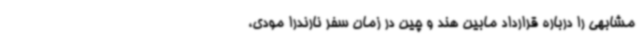
مشابهی را درباره قرارداد مابین هند و چین در زمان سفر نارندرا مودی،